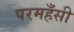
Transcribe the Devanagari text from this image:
परमहँसी